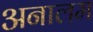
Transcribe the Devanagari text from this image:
अनालम